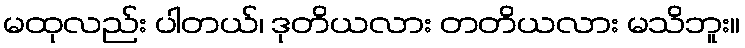
မထုလည်း ပါတယ်၊ ဒုတိယလား တတိယလား မသိဘူး။